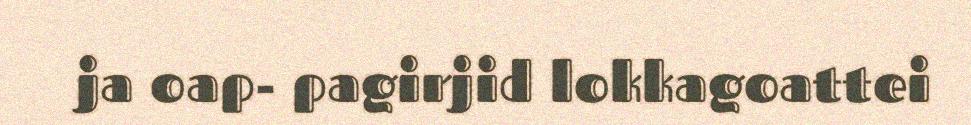
ja oap- pagirjid lokkagoattei